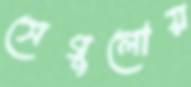
সেগুলোয়